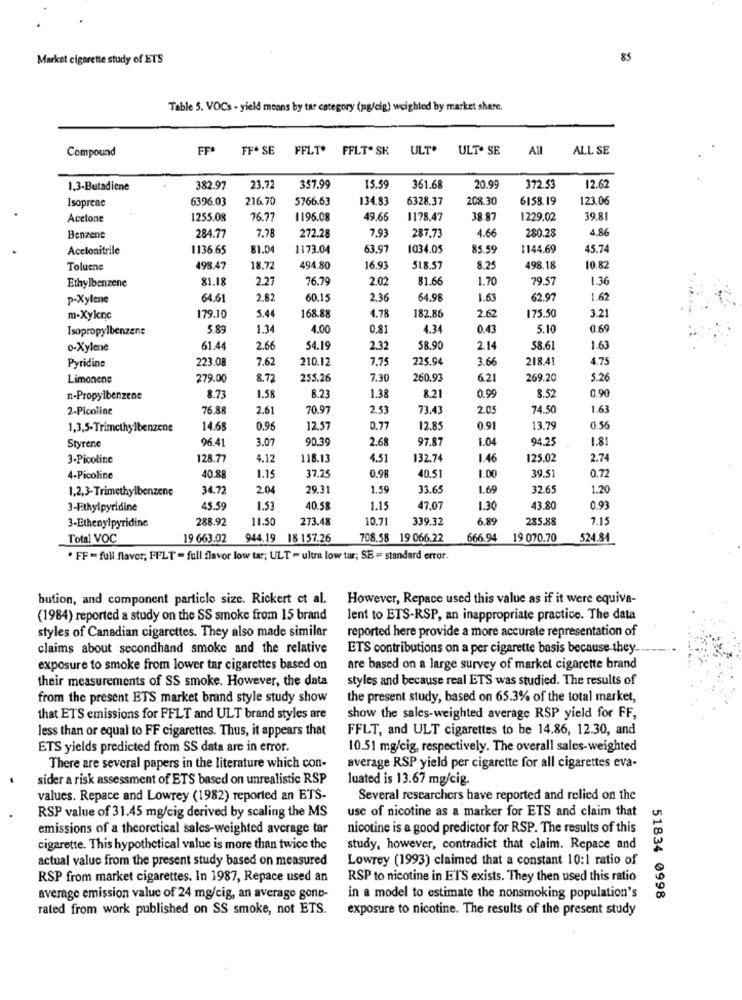
Market cigarette study of ETS
85
Table 5. VOCs - yield means by tar category (ug/cig) weighted by market share.
Compound
FFA
FF. SE FFLT'
FFLT. SK
ULT.
ULT. SE
All
ALL SE
1,3-Butadiene
382.97
23.72
357.99
15.59
361.68
20.99
372.53
12.62
Isoprene
6396.03
216.70
5766.63
134.83
6328.37
208.30
6158.19
123.06
Acetone
1255.08
76.7
1196.08
49.66
1178.47
38.87
1229.02
39.81
7.78
272.28
7.93
4.66
280.28
4.86
Benzene
284.77
287.73
Acclonitrile
1136.65
81.04
1173.04
63.97
1034.05
85.59
1144.69
45.74
Toluene
498.47
18.72
494.80
16.93
518.57
8.25
498.18
10.82
81.18
2.27
76.79
2.02
31.66
1.70
79.57
1.36
Ethylbenzene
p-Xylene
64.61
2.82
60.15
2.36
54.98
1.63
62.97
1.62
m-Xylenc
179.10
5.44
168.88
4.78
182.86
2.62
175.50
3.21
Isopropylbenzene
5.89
1.34
4.00
0.81
4.34
0.43
5.10
0.69
0-Xylene
61.44
2.66
$4.19
2.32
58.90
2.14
58.61
1.63
Pyridine
223.08
7.62
210.12
7.75
225.94
3.66
218.41
4.75
Limonene
279.00
8.72
255.26
7.30
260.93
6.21
269.20
5.26
1.58
0.90
n-Propylbenzene
8.73
8.23
1.38
8.21
0.99
8.52
2-Picoline
76.88
2.61
70.97
2.53
73.43
2.0
74.50
1.63
1,3,5-Trimethylbenzene
14.68
0.96
12.57
0.77
12.85
0.91
13.79
0.56
96.41
3.07
90.39
2.68
97.87
1.04
94.2
1.81
Styrene
3-Picoline
128.77
4.12
118.13
4.51
132.74
1.46
125.02
2.74
39.5
0.72
4-Picoline
40.88
1.15
37.25
0.98
40.51
1.00
1,2,3- Trimethylbenzene
34.72
2.04
29.31
1.59
33.65
1.69
32.65
1.20
3-Ethylpyridine
45.59
40.58
1.15
47.07
1.30
43.80
0.93
3-Ethenylpyridine
288.92
11.50
273.48
10.71
339.32
6.89
285.88
7.15
Total VOC
19 663.02
944.19 18 157.26
708.58 19 066.22
666.94
19 070.70
524.84
. FF = full flavor; FFLT = full flavor low tar; ULT - ultra low tar; SE = standard error.
bution, and component particle size. Rickert et al.
However, Repace used this value as if it were equiva-
(1984) reported a study on the SS smoke from 15 brand
lent to ETS-RSP, an inappropriate practice. The data
styles of Canadian cigarettes. They also made similar
reported here provide a more accurate representation of
claims about secondhand smoke and the relative
ETS contributions on a per cigarette basis because they.
exposure to smoke from lower tar cigarettes based on
are based on a large survey of market cigarette brand
their measurements of SS smoke. However, the data
styles and because real ETS was studied. The results of
from the present ETS market brand style study show
the present study, based on 65.3% of the total market,
that ETS emissions for FFLT and ULT brand styles are
show the sales-weighted average RSP yield for FF,
less than or equal to FF cigarettes. Thus, it appears that
FFLT, and ULT cigarettes to be 14.86, 12.30, and
ETS yields predicted from SS data are in error.
10.51 mg/cig, respectively. The overall sales-weighted
There are several papers in the literature which con-
average RSP yield per cigarette for all cigarettes eva-
sider a risk assessment of ETS based on unrealistic RSP
luated is 13.67 mg/cig.
values. Repace and Lowrey (1982) reported an ETS-
Several researchers have reported and relied on the
use of nicotine as a marker for ETS and claim that
RSP value of 31.45 mg/cig derived by scaling the MS
emissions of a theoretical sales-weighted average tar
nicotine is a good predictor for RSP. The results of this
cigarette. This hypothetical value is more than twice the
study, however, contradict that claim. Repace and
actual value from the present study based on measured
Lowrey (1993) claimed that a constant 10:1 ratio of
RSP from market cigarettes. In 1987, Repace used an
RSP to nicotine in ETS exists. They then used this ratio
average emission value of 24 mg/cig, an average gone-
in a model to estimate the nonsmoking population's
51834 0998
rated from work published on SS smoke, not ETS.
exposure to nicotine. The results of the present study